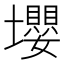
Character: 𡓫